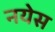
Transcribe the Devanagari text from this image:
नयेस